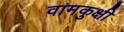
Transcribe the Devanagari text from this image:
वामकुक्षी